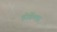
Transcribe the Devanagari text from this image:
होर्क्रेक्स